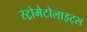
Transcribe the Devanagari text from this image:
स्ट्रोमेटोलाइट्स